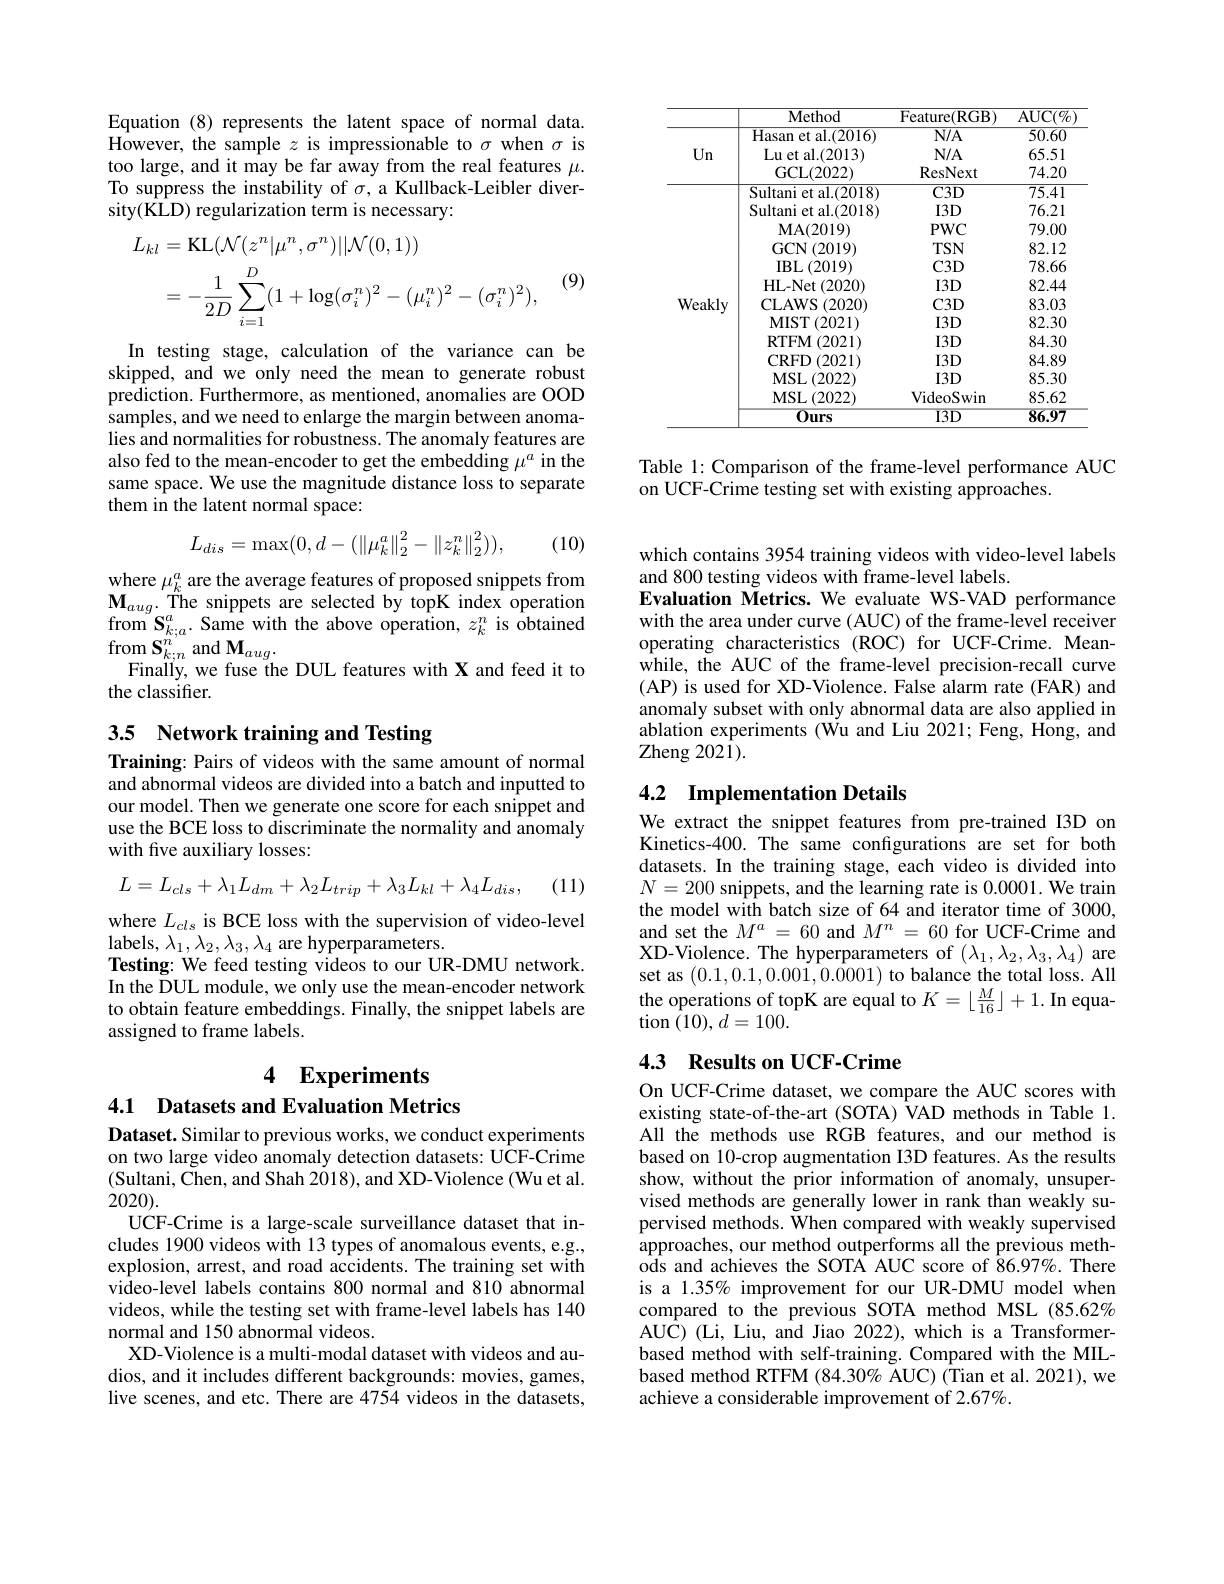
Equation (8) represents the latent space of normal data. However, the sample $z$ is impressionable to $\sigma$ when $\sigma$ is too large, and it may be far away from the real features $\mu.$ To suppress the instability of $\sigma$, a Kullback-Leibler diversity(KLD) regularization term is necessary:
$$\begin{aligned}L_{kl}&=\mathrm{KL}(\mathcal{N}(z^{n}|\mu^{n},\sigma^{n})||\mathcal{N}(0,1))\\&=-\frac1{2D}\sum_{i=1}^{D}(1+\log(\sigma_{i}^{n})^{2}-(\mu_{i}^{n})^{2}-(\sigma_{i}^{n})^{2}),\end{aligned}$$
(9)

In testing stage, calculation of the variance can be skipped, and we only need the mean to generate robust prediction. Furthermore, as mentioned, anomalies are OOD samples, and we need to enlarge the margin between anomalies and normalities for robustness. The anomaly features are also fed to the mean-encoder to get the embedding $\mu^a$ in the same space. We use the magnitude distance loss to separate them in the latent normal space:
$$L_{dis}=\max(0,d-(\left\|\mu_k^a\right\|_2^2-\left\|z_k^n\right\|_2^2)),$$
(10)

where $\mu_k^a$ are the average features of proposed snippets from $\mathbf{M}_{aug}.$The snippets are selected by topK index operation $\operatorname{from}\mathbf{S}_{k;a}^{a}.$ Same with the above operation, $z_k^{n}$ is $\hat{\text{obtained}}$ $\mathop{\mathrm{from}}_{\boldsymbol{\Gamma}^{\cdot}}\mathbf{S}_{k;n}^{n}$and$\mathbf{M}_{aug}.$
Finally, we fuse the DUL features with X and feed it to
the classifier.

# 3.5 Network training and Testing

Training: Pairs of videos with the same amount of normal and abnormal videos are divided into a batch and inputted to our model. Then we generate one score for each snippet and use the BCE loss to discriminate the normality and anomaly with five auxiliary losses:
$$L=L_{cls}+\lambda_{1}L_{dm}+\lambda_{2}L_{trip}+\lambda_{3}L_{kl}+\lambda_{4}L_{dis},$$
(11)

where $L_cls$ is BCE loss with the supervision of video-level
labels, $\lambda_1,\lambda_2,\lambda_3,\lambda_4$ are hyperparameters.
Testing: We feed testing videos to our UR-DMU network In the DUL module, we only use the mean-encoder network to obtain feature embeddings. Finally, the snippet labels are assigned to frame labels.

4 Experiments

4.1 Datasets and Evaluation Metrics

Dataset. Similar to previous works, we conduct experiments on two large video anomaly detection datasets: UCF-Crime (Sultani, Chen, and Shah 2018), and XD-Violence (Wu et al. 2020).
UCF-Crime is a large-scale surveillance dataset that includes 1900 videos with 13 types of anomalous events, e.g., explosion, arrest, and road accidents. The training set with video-level labels contains 800 normal and 810 abnormal videos, while the testing set with frame-level labels has 140 normal and 150 abnormal videos.
XD-Violence is a multi-modal dataset with videos and audios, and it includes different backgrounds: movies, games, live scenes, and etc. There are 4754 videos in the datasets,

<table>
	<tbody>
		<tr>
			<th> </th>
			<th>Method</th>
			<th>Feature( RGB) </th>
			<th>AUC$( \%$</th>
		</tr>
		<tr>
			<td rowspan="8">$Un$</td>
			<td>Hasan et al.(2016)</td>
			<td>$N/A$</td>
			<td>50.60</td>
		</tr>
		<tr>
			<td>Lu et al. ( 2013) </td>
			<td>$N/A$</td>
			<td>65.51</td>
		</tr>
		<tr>
			<td>GCL(2022)</td>
			<td>ResNext</td>
			<td>74.20</td>
		</tr>
		<tr>
			<td>Sultani et al.(2018)</td>
			<td>$C3D$</td>
			<td>75.41</td>
		</tr>
		<tr>
			<td>Sultani et al.(2018)</td>
			<td>$I3D$</td>
			<td>76.21</td>
		</tr>
		<tr>
			<td>$\mathbf{MA}(2019)$</td>
			<td>$PWC$</td>
			<td>79.00</td>
		</tr>
		<tr>
			<td>GCN$\left ( 2019\right )$</td>
			<td>$TSN$</td>
			<td>82.12</td>
		</tr>
		<tr>
			<td>IBL$\left ( 2019\right )$</td>
			<td>$C3D$</td>
			<td>78.66</td>
		</tr>
		<tr>
			<td> </td>
			<td>HL- Net ( 2020) </td>
			<td>$I3D$</td>
			<td>82.44</td>
		</tr>
		<tr>
			<td rowspan="7">Weakly</td>
			<td>CLAWS ( 2020) </td>
			<td>$C3D$</td>
			<td>83.03</td>
		</tr>
		<tr>
			<td>MIST$\left ( 2021\right )$</td>
			<td>$I3D$</td>
			<td>82.30</td>
		</tr>
		<tr>
			<td>RTFM (2021)</td>
			<td>$I3D$</td>
			<td>84.30</td>
		</tr>
		<tr>
			<td>CRFD ( 2021) </td>
			<td>$I3D$</td>
			<td>84.89</td>
		</tr>
		<tr>
			<td>MSL$\left ( 2022\right )$</td>
			<td>$I3D$</td>
			<td>85.30</td>
		</tr>
		<tr>
			<td>MSL(2022)</td>
			<td>VideoSwin</td>
			<td>85.62</td>
		</tr>
		<tr>
			<td>$\overline{0}urs$</td>
			<td>$13D$</td>
			<td>86.97</td>
		</tr>
	</tbody>
</table>

Table 1: Comparison of the frame-level performance AUC
on UCF-Crime testing set with existing approaches.

which contains 3954 training videos with video-level labels
and 800 testing videos with frame-level labels.
Evaluation Metrics. We evaluate WS-VAD performance with the area under curve (AUC) of the frame-level receiver operating characteristics (ROC) for UCF-Crime. Meanwhile, the AUC of the frame-level precision-recall curve (AP) is used for XD-Violence. False alarm rate (FAR) and anomaly subset with only abnormal data are also applied in ablation experiments (Wu and Liu 2021; Feng, Hong, and Zheng 202$\bar{1}).$

## 4.2 Implementation Details We extract the snippet features from pre-trained I3D on

Kinetics-400. The same confgurations are set for both datasets. In the training stage, each video is divided into $N=200$ snippets, and the learning rate is 0.0001. We train the model with batch size of 64 and iterator time of 3000, and set the $M^a=60$ and $M^n=60$ for UCF-Crime and XD-Violence. The hyperparameters of $(\lambda_1,\lambda_2,\lambda_3,\lambda_4)$ are set as (0.1,0.1,0.001,0.0001) to balance the total loss. All $\begin{array}{l}\text{the operations of topK are equal to}K=\lfloor\frac M{16}\rfloor+1.\text{In equa}\\\text{tion }(10),d=100.\end{array}$

## 4.3 Results on UCF-Crime

On UCF-Crime dataset, we compare the AUC scores with existing state-of-the-art (SOTA) VAD methods in Table 1. All the methods use RGB features, and our method is based on 10-crop augmentation I3D features. As the results show, without the prior information of anomaly, unsupervised methods are generally lower in rank than weakly supervised methods. When compared with weakly supervised approaches, our method outperforms all the previous meth- $\hat{\text{ods and achieves the SOTA AUC score of }\hat{8}6.97\%.\mathrm{~There}}$ is a 1.35% improvement for our UR-DMU model when compared to the previous SOTA method MSL (85.62%) AUC) (Li, Liu, and Jiao 2022), which is a Transformerbased method with self-training. Compared with the MILbased method RTFM (84.30% AUC) (Tian et al. 2021), we achieve a considerable improvement of 2.67%.